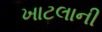
ખાટલાની